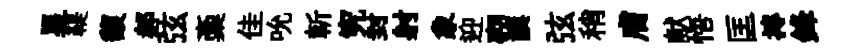
星鞮馥郝弦稾佳吮斬究封射象迎砌譔弦稍膚献悟匡摶鋒